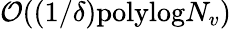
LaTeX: \mathcal{O}((1/\delta)\mathrm{polylog}N_{v})